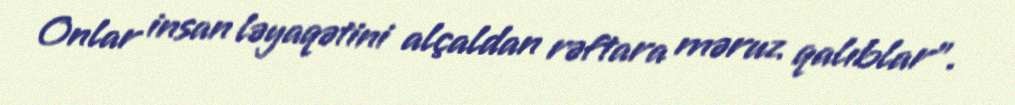
Onlar insan ləyaqətini alçaldan rəftara məruz qalıblar”.